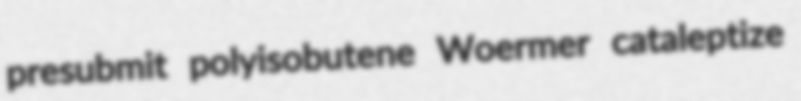
presubmit polyisobutene Woermer cataleptize